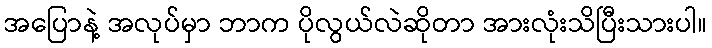
အပြောနဲ့ အလုပ်မှာ ဘာက ပိုလွယ်လဲဆိုတာ အားလုံးသိပြီးသားပါ။